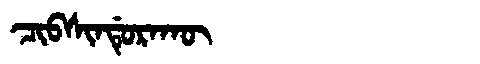
Manchu: ᠴᡳᠪᠰᡳᠨᡩᡠᡵᠠᡴᡡ
Romanization: CIBSINDURAKŪ